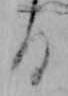
る